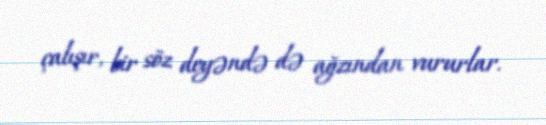
çalışır, bir söz deyəndə də ağzından vururlar.